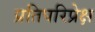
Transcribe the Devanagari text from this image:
प्रतिपरिप्रेक्ष